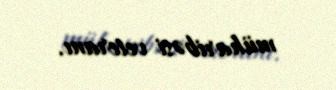
müharibəsi veteranı.